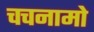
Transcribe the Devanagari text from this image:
चचनामो